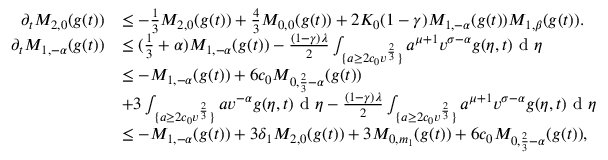
\begin{array} { r l } { \partial _ { t } M _ { 2 , 0 } ( g ( t ) ) } & { \leq - \frac { 1 } { 3 } M _ { 2 , 0 } ( g ( t ) ) + \frac { 4 } { 3 } M _ { 0 , 0 } ( g ( t ) ) + 2 K _ { 0 } ( 1 - \gamma ) M _ { 1 , - \alpha } ( g ( t ) ) M _ { 1 , \beta } ( g ( t ) ) . } \\ { \partial _ { t } M _ { 1 , - \alpha } ( g ( t ) ) } & { \leq ( \frac { 1 } { 3 } + \alpha ) M _ { 1 , - \alpha } ( g ( t ) ) - \frac { ( 1 - \gamma ) \lambda } { 2 } \int _ { \{ a \geq 2 c _ { 0 } v ^ { \frac { 2 } { 3 } } \} } a ^ { \mu + 1 } v ^ { \sigma - \alpha } g ( \eta , t ) \textup { d } \eta } \\ & { \leq - M _ { 1 , - \alpha } ( g ( t ) ) + 6 c _ { 0 } M _ { 0 , \frac { 2 } { 3 } - \alpha } ( g ( t ) ) } \\ & { + 3 \int _ { \{ a \geq 2 c _ { 0 } v ^ { \frac { 2 } { 3 } } \} } a v ^ { - \alpha } g ( \eta , t ) \textup { d } \eta - \frac { ( 1 - \gamma ) \lambda } { 2 } \int _ { \{ a \geq 2 c _ { 0 } v ^ { \frac { 2 } { 3 } } \} } a ^ { \mu + 1 } v ^ { \sigma - \alpha } g ( \eta , t ) \textup { d } \eta } \\ & { \leq - M _ { 1 , - \alpha } ( g ( t ) ) + 3 \delta _ { 1 } M _ { 2 , 0 } ( g ( t ) ) + 3 M _ { 0 , m _ { 1 } } ( g ( t ) ) + 6 c _ { 0 } M _ { 0 , \frac { 2 } { 3 } - \alpha } ( g ( t ) ) , } \end{array}